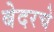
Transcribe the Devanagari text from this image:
बेदरचे